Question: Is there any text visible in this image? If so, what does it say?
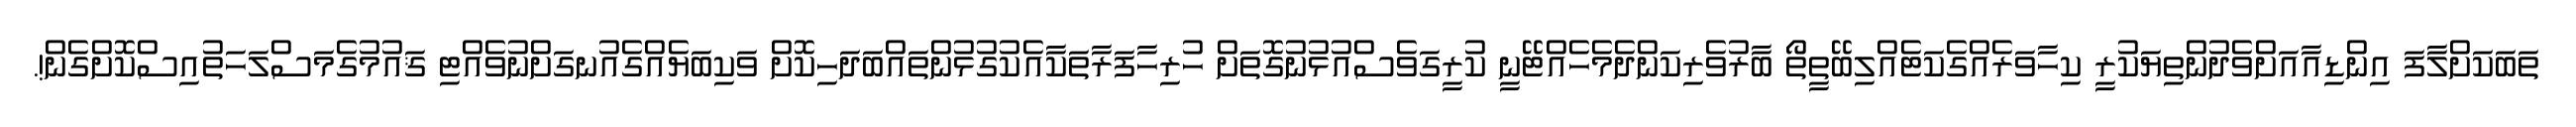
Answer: ތަބަކަށްލާފަ އިންޑިއާއަށްވެދުންތިޔަކުރީ ކިހާވަރެއްގެކަޓެއްލިބޭތީތޯ ބާރުވެރިކަންދެމެހެއްޓޭނީ ކުރީގަވެސްއުޅުނުގޮތަށް ހުރިހާފަރާތަކާއެކުގުޅުންތައްބަދަހިކޮށް ވަކިބަޔެއްގެއުނގަށްނުވެއްޓި ޤައުމުގެމަސްލަހަތުއިސްކޮށްގެން!.